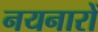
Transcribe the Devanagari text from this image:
नयनारों